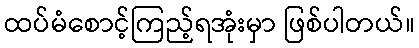
ထပ်မံစောင့်ကြည့်ရအုံးမှာ ဖြစ်ပါတယ်။